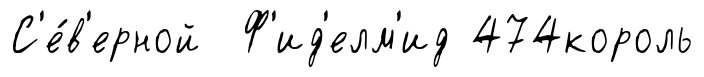
С'е́в'ерной Ф'ид'елм'ид 474король